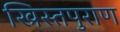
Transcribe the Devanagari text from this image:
ख्रिस्तपुराण